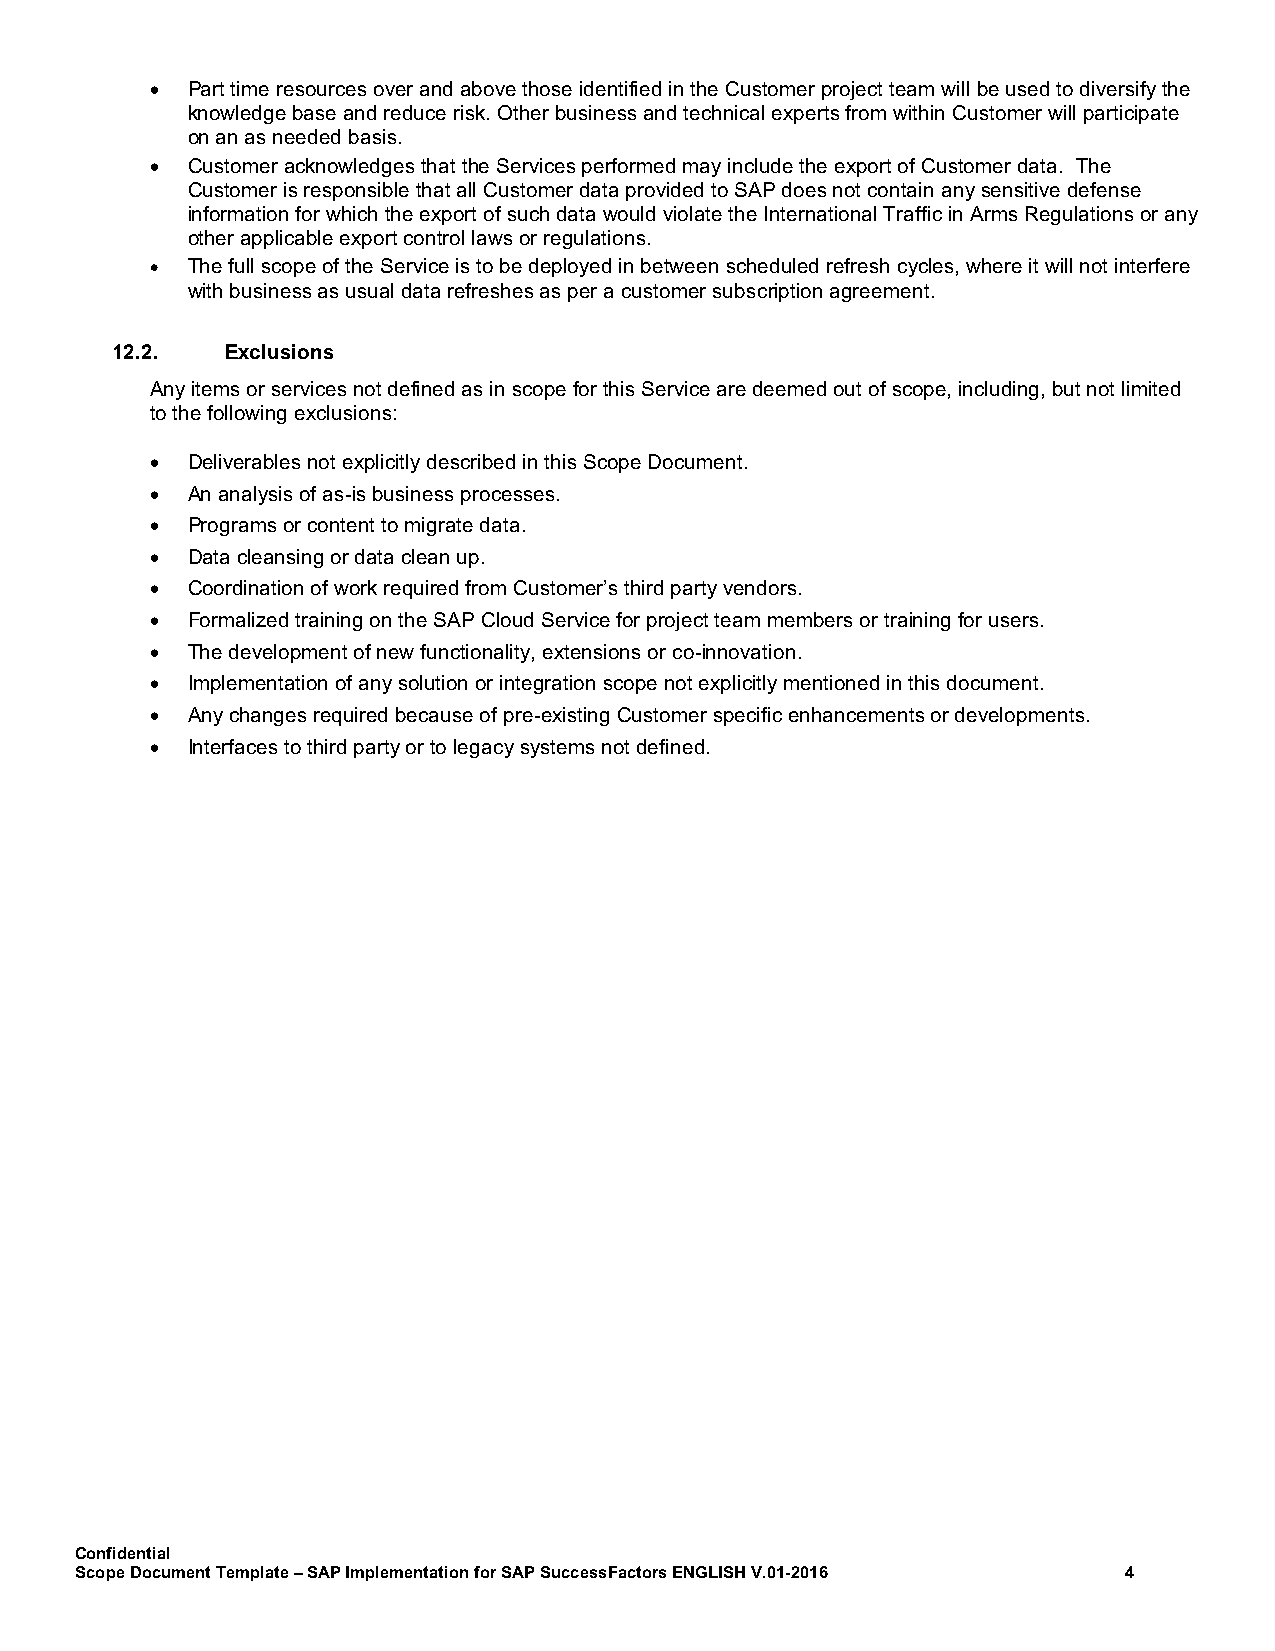
• Part time resources over and above those identified in the Customer project team will be used to diversify the
 knowledge base and reduce risk. Other business and technical experts from within Customer will participate
 on an as needed basis.
 • Customer acknowledges that the Services performed may include the export of Customer data. The
 Customer is responsible that all Customer data provided to SAP does not contain any sensitive defense
 information for which the export of such data would violate the International Traffic in Arms Regulations or any
 other applicable export control laws or regulations.
 • The full scope of the Service is to be deployed in between scheduled refresh cycles, where it will not interfere
 with business as usual data refreshes as per a customer subscription agreement.
 12.2.   Exclusions
 Any items or services not defined as in scope for this Service are deemed out of scope, including, but not limited
 to the following exclusions:
 • Deliverables not explicitly described in this Scope Document.
 • An analysis of as-is business processes.
 • Programs or content to migrate data.
 • Data cleansing or data clean up.
 • Coordination of work required from Customer’s third party vendors.
 • Formalized training on the SAP Cloud Service for project team members or training for users.
 • The development of new functionality, extensions or co-innovation.
 • Implementation of any solution or integration scope not explicitly mentioned in this document.
 • Any changes required because of pre-existing Customer specific enhancements or developments.
 • Interfaces to third party or to legacy systems not defined.
 Confidential
 Scope Document Template – SAP Implementation for SAP SuccessFactors ENGLISH V.01-2016 4